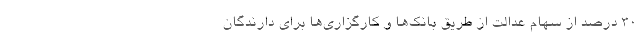
۳۰ درصد از سهام عدالت از طریق بانک‌ها و کارگزاری‌ها برای دارندگان